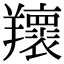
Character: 𦏨